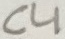
Text: C4